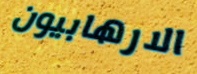
الارهابيون